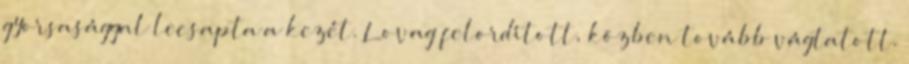
gyorsasággal lecsapta a kezét. Lovag felordított, közben tovább vágtatott.